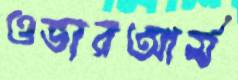
ওভারআর্ম